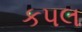
કપલ